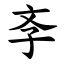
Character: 斈